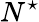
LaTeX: N^{\star}